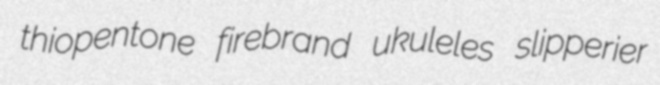
thiopentone firebrand ukuleles slipperier